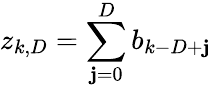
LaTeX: z_{k,D}=\sum_{\mathbf{j}=0}^{D}b_{k-D+\mathbf{j}}